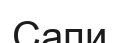
Сапи